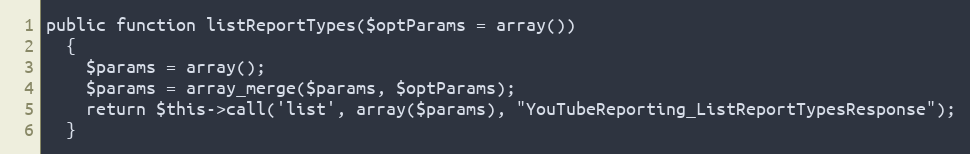
Language: PHP
public function listReportTypes($optParams = array())
  {
    $params = array();
    $params = array_merge($params, $optParams);
    return $this->call('list', array($params), "YouTubeReporting_ListReportTypesResponse");
  }